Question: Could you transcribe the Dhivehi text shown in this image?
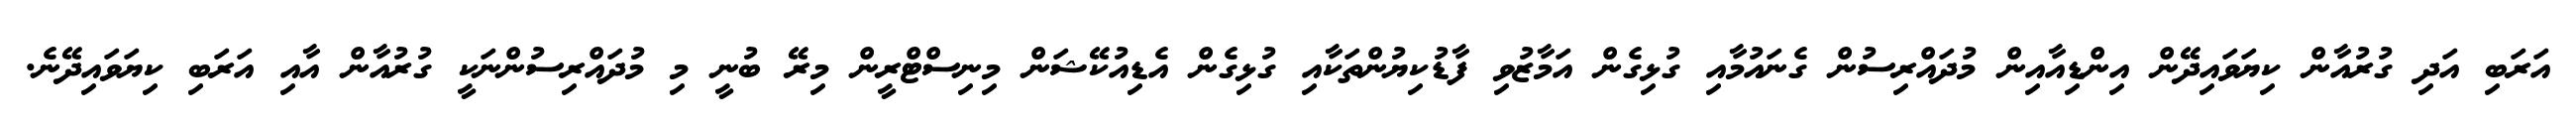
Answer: އަރަބި އަދި ގުރުއާން ކިޔަވައިދޭން އިންޑިއާއިން މުދައްރިސުން ގެނައުމާއި ގުޅިގެން އަމާޒުވި ފާޑުކިޔުންތަކާއި ގުޅިގެން އެޑިއުކޭޝަން މިނިސްޓްރީން މިރޭ ބުނީ މި މުދައްރިސުންނަކީ ގުރުއާން އާއި އަރަބި ކިޔަވައިދޭނެ.